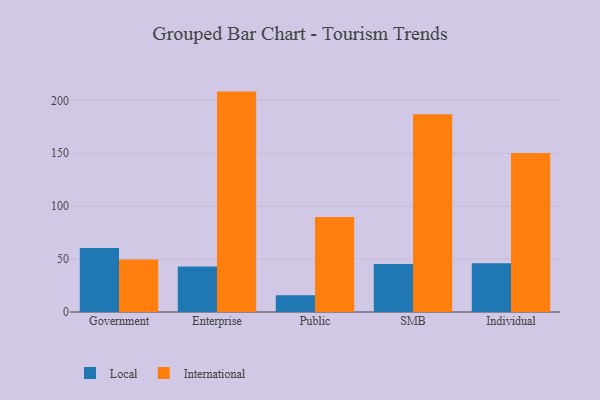
{"axis": {"x": "Segment", "y": "Production Output"}, "legend": ["International", "Local"], "data": [{"x": "Government", "y": 60.6, "type": "Local"}, {"x": "Government", "y": 49.5, "type": "International"}, {"x": "Enterprise", "y": 43.0, "type": "Local"}, {"x": "Enterprise", "y": 208.3, "type": "International"}, {"x": "Public", "y": 15.9, "type": "Local"}, {"x": "Public", "y": 89.9, "type": "International"}, {"x": "SMB", "y": 45.4, "type": "Local"}, {"x": "SMB", "y": 187.0, "type": "International"}, {"x": "Individual", "y": 46.1, "type": "Local"}, {"x": "Individual", "y": 150.3, "type": "International"}]}